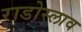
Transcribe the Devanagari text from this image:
राडोस्लाव